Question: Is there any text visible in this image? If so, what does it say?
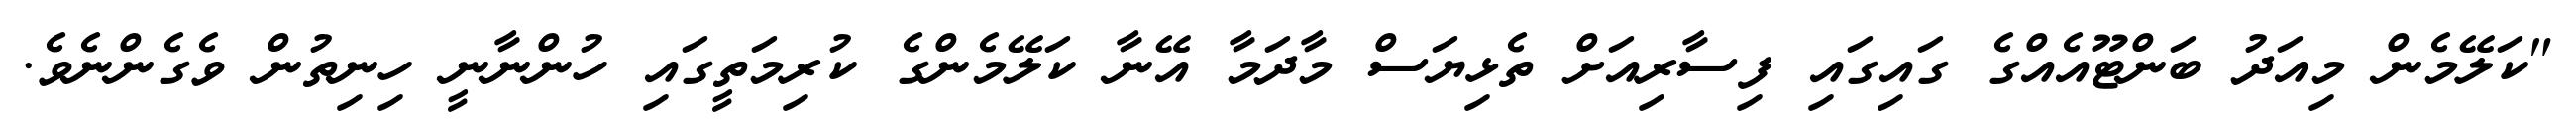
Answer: "ކަލޭމެން މިއަދު ބަންޓޫއެއްގެ ގައިގައި ފިސާރިއަށް ތެޅިޔަސް މާދަމާ އޭނާ ކަލޭމެންގެ ކުރިމަތީގައި ހުންނާނީ ހިނިތުން ވެގެންނެވެ.